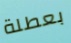
بعطلة